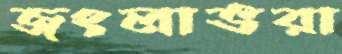
জংলাভরা